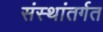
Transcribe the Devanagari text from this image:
संस्थांतर्गत